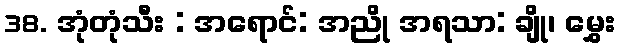
38. အုံတုံသီး : အရောင်: အညို အရသာ: ချို၊ မွှေး